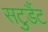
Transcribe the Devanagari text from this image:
सटुडैंट